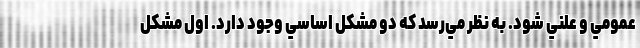
عمومي و علني شود. به نظر مي‌رسد كه دو مشكل اساسي وجود دارد. اول مشكل